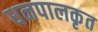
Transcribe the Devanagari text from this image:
धनपालकृत